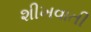
શીખવાતી